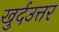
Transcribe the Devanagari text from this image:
खुर्दउत्तर